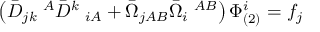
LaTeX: \left( \bar { D } _ { j k } \; ^ { A } \bar { D } ^ { k } \; _ { i A } + \bar { \Omega } _ { j A B } \bar { \Omega } _ { i } \; ^ { A B } \right) \Phi _ { ( 2 ) } ^ { i } = f _ { j }